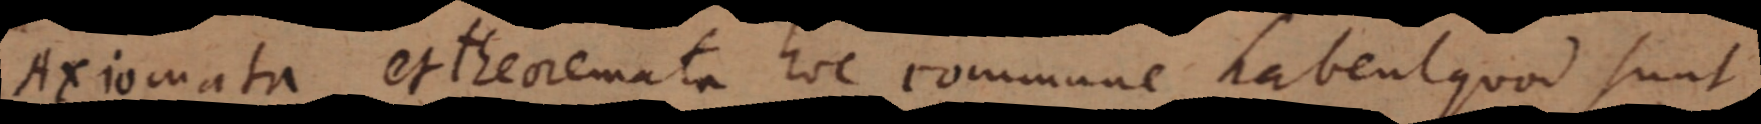
Axiomata et theoremata hoc commune habent quod sunt